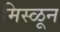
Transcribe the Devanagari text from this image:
मिस्ळून